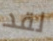
لقد